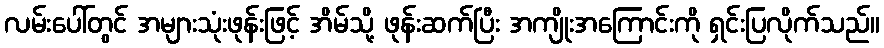
လမ်းပေါ်တွင် အများသုံးဖုန်းဖြင့် အိမ်သို့ ဖုန်းဆက်ပြီး အကျိုးအကြောင်းကို ရှင်းပြလိုက်သည်။